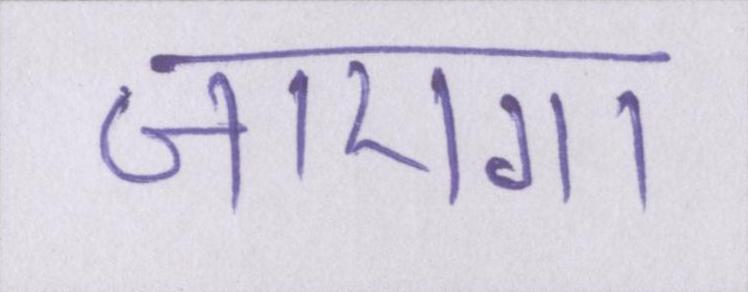
जाएगा